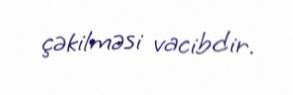
çəkilməsi vacibdir.